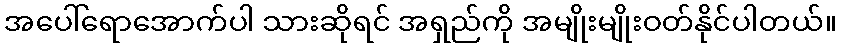
အပေါ်ရောအောက်ပါ သားဆိုရင် အရှည်ကို အမျိုးမျိုးဝတ်နိုင်ပါတယ်။